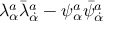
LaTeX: \lambda _ { \alpha } ^ { a } \bar { \lambda } _ { \dot { \alpha } } ^ { a } - \psi _ { \alpha } ^ { a } \bar { \psi } _ { \dot { \alpha } } ^ { a }